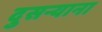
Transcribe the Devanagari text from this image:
दुसर्‍याना